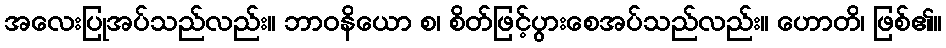
အလေးပြုအပ်သည်လည်း။ ဘာဝနိယော စ၊ စိတ်ဖြင့်ပွားစေအပ်သည်လည်း။ ဟောတိ၊ ဖြစ်၏။